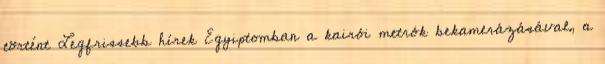
történt Legfrissebb hírek Egyiptomban a kairói metrók bekamerázásával, a